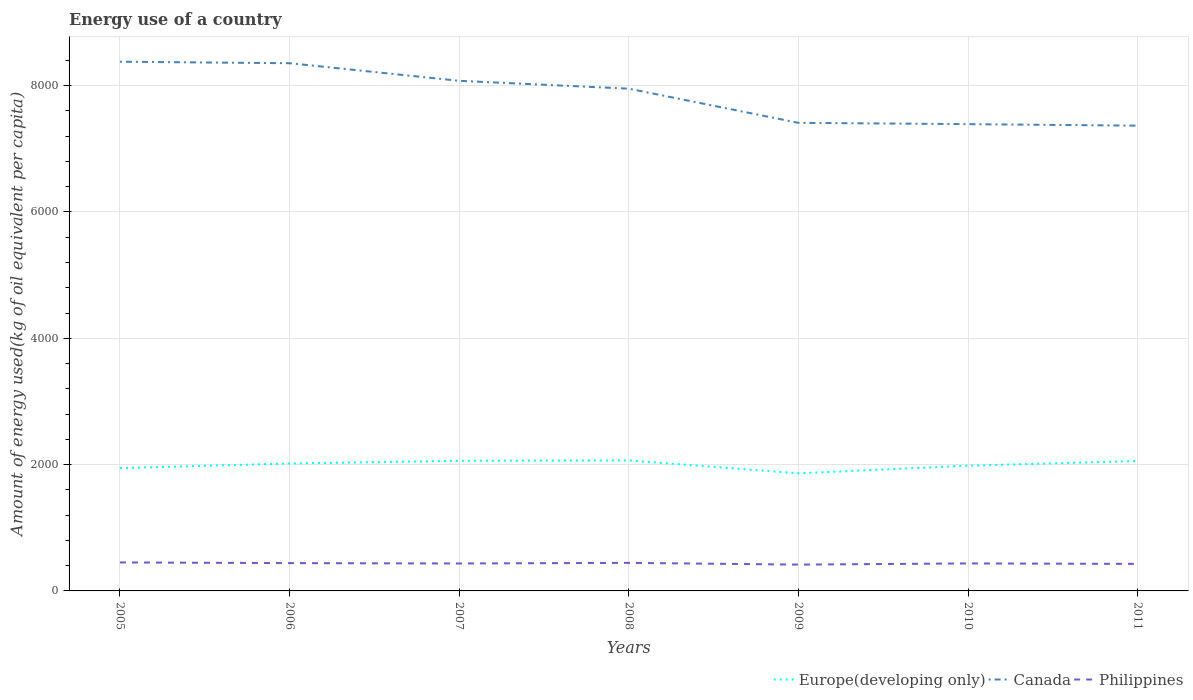
| Years | Europe(developing only) | Canada | Philippines |
 | --- | --- | --- | --- |
 | 2005 | 1.94e+03 | 8.38e+03 | 451 |
 | 2006 | 2.02e+03 | 8.36e+03 | 440 |
 | 2007 | 2.06e+03 | 8.08e+03 | 434 |
 | 2008 | 2.07e+03 | 7.95e+03 | 444 |
 | 2009 | 1.86e+03 | 7.41e+03 | 417 |
 | 2010 | 1.98e+03 | 7.39e+03 | 435 |
 | 2011 | 2.06e+03 | 7.37e+03 | 428 |